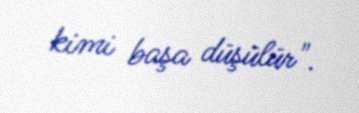
kimi başa düşülür".